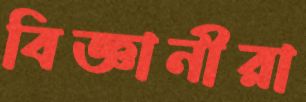
বিজ্ঞানীরা